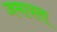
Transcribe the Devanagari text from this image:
जमायला